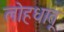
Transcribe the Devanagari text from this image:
लोहधातू